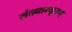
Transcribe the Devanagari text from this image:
संदधाम्यृतम्